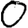
Digit: 0